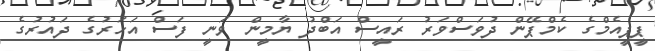
ޕީޕީއެމްގެ ކެމްޕޭން ދުވަސްވަރު ރައީސް އަބްދު ޔާމީން ވަނީ ފަސް އަހަރުގެ ދައުރުގެ